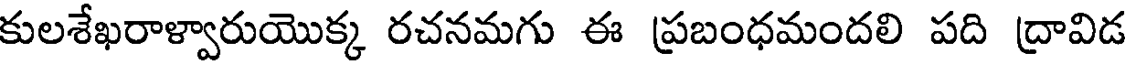
కులశేఖరాళ్వారుయొక్క రచనమగు ఈ ప్రబంధమందలి పది ద్రావిడ